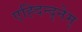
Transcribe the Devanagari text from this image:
एह्दिन्द्नेम्